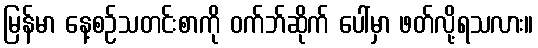
မြန်မာ နေ့စဉ်သတင်းစာကို ဝက်ဘ်ဆိုက် ပေါ်မှာ ဖတ်လို့ရသလား။